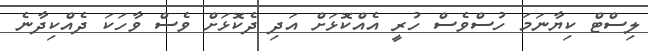
ލިސްޓް ކިޔާނަމަ ހުސްވެސް ހުރީ އެއްކޮޅަށް އަދި ދެކޮޅަށް ވެސް ވާހަކަ ދެއްކިދާނެ